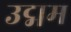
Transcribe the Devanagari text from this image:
उद्मम